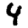
Digit: 4